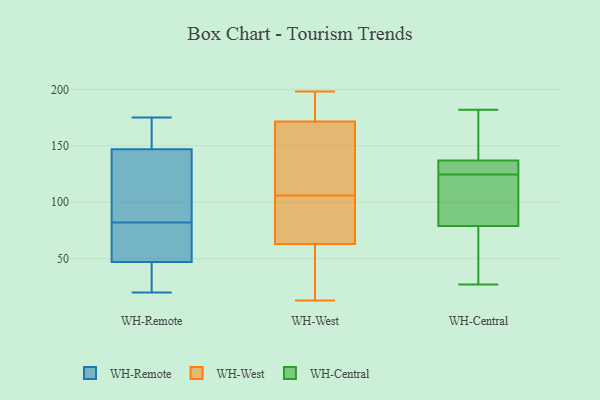
{"axis": {"x": "Headcount", "y": "Value"}, "legend": ["WH-Central", "WH-Remote", "WH-West"], "data": [{"x": "", "y": 150, "type": "WH-Remote"}, {"x": "", "y": 144, "type": "WH-Remote"}, {"x": "", "y": 84, "type": "WH-Remote"}, {"x": "", "y": 97, "type": "WH-Remote"}, {"x": "", "y": 46, "type": "WH-Remote"}, {"x": "", "y": 48, "type": "WH-Remote"}, {"x": "", "y": 138, "type": "WH-Remote"}, {"x": "", "y": 45, "type": "WH-Remote"}, {"x": "", "y": 20, "type": "WH-Remote"}, {"x": "", "y": 80, "type": "WH-Remote"}, {"x": "", "y": 51, "type": "WH-Remote"}, {"x": "", "y": 170, "type": "WH-Remote"}, {"x": "", "y": 46, "type": "WH-Remote"}, {"x": "", "y": 175, "type": "WH-Remote"}, {"x": "", "y": 169, "type": "WH-Remote"}, {"x": "", "y": 51, "type": "WH-Remote"}, {"x": "", "y": 122, "type": "WH-West"}, {"x": "", "y": 185, "type": "WH-West"}, {"x": "", "y": 186, "type": "WH-West"}, {"x": "", "y": 13, "type": "WH-West"}, {"x": "", "y": 198, "type": "WH-West"}, {"x": "", "y": 195, "type": "WH-West"}, {"x": "", "y": 62, "type": "WH-West"}, {"x": "", "y": 85, "type": "WH-West"}, {"x": "", "y": 106, "type": "WH-West"}, {"x": "", "y": 163, "type": "WH-West"}, {"x": "", "y": 170, "type": "WH-West"}, {"x": "", "y": 66, "type": "WH-West"}, {"x": "", "y": 66, "type": "WH-West"}, {"x": "", "y": 144, "type": "WH-West"}, {"x": "", "y": 34, "type": "WH-West"}, {"x": "", "y": 32, "type": "WH-West"}, {"x": "", "y": 172, "type": "WH-West"}, {"x": "", "y": 14, "type": "WH-West"}, {"x": "", "y": 101, "type": "WH-West"}, {"x": "", "y": 32, "type": "WH-Central"}, {"x": "", "y": 107, "type": "WH-Central"}, {"x": "", "y": 40, "type": "WH-Central"}, {"x": "", "y": 168, "type": "WH-Central"}, {"x": "", "y": 94, "type": "WH-Central"}, {"x": "", "y": 126, "type": "WH-Central"}, {"x": "", "y": 127, "type": "WH-Central"}, {"x": "", "y": 79, "type": "WH-Central"}, {"x": "", "y": 137, "type": "WH-Central"}, {"x": "", "y": 126, "type": "WH-Central"}, {"x": "", "y": 182, "type": "WH-Central"}, {"x": "", "y": 138, "type": "WH-Central"}, {"x": "", "y": 27, "type": "WH-Central"}, {"x": "", "y": 123, "type": "WH-Central"}]}